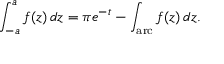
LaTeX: \int _ { - a } ^ { a } f ( z ) \, d z = \pi e ^ { - t } - \int _ { \mathrm { a r c } } f ( z ) \, d z .